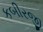
કબીરજી